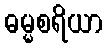
ဓမ္မစရိယာ